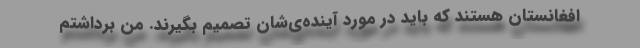
افغانستان هستند که باید در مورد آینده‌ی‌شان تصمیم بگیرند. من برداشتم